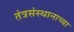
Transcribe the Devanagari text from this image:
तंत्रसंस्थानाच्या